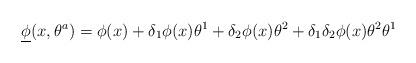
LaTeX: \begin{align*}{\underline \phi} (x,\theta^a) = \phi(x) + \delta_1\phi (x) \theta^1+\delta_2\phi (x) \theta^2 +\delta_1\delta_2\phi (x) \theta^2\theta^1\end{align*}